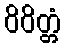
ဝိဝိတ္တံ